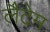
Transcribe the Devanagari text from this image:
लैटेम